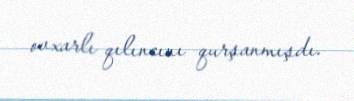
ovxarlı qılıncını qurşanmışdı.